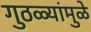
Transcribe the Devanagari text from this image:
गुठळ्यांमुळे